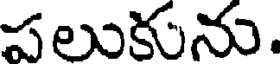
పలుకును.